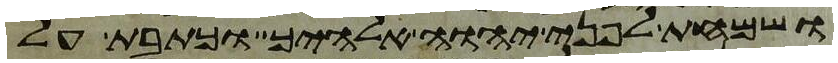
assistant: ושמחת לפני יהוה אלהיך וכתבת על